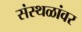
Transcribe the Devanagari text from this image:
संस्थळांवर